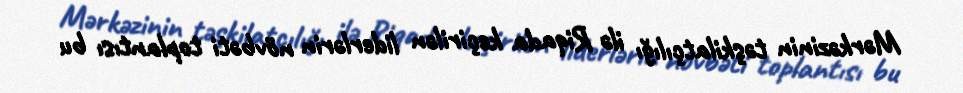
Mərkəzinin təşkilatçılığı ilə Riqada keçirilən liderlərin növbəti toplantısı bu